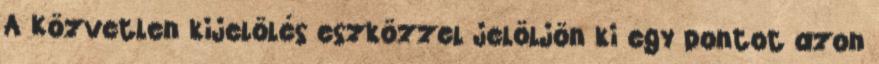
A Közvetlen kijelölés eszközzel jelöljön ki egy pontot azon